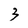
Character: 3